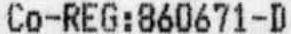
CO-REG:860671-D